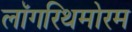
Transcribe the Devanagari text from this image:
लॉगरिथमोरम